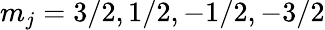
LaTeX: m_{j}=3/2,1/2,-1/2,-3/2